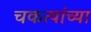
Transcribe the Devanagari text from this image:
चकत्यांच्या